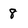
Character: 8